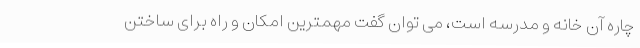
چاره آن خانه و مدرسه است، می توان گفت مهمترین امکان و راه برای ساختن